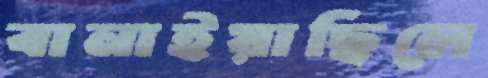
বানাইয়াছিলে